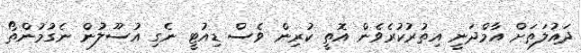
ދައުލަތަށް އާމްދަނީ އިތުރުކުރެވެން އޮތީ ކުރިން ވެސް ޑިއުޓީ ނެގި އުސޫލުން ނެގުމުންތޯ